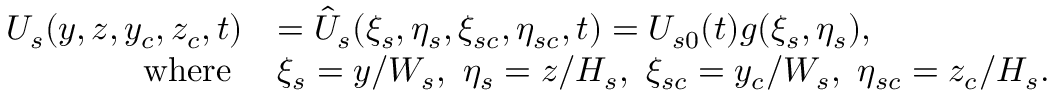
\begin{array} { r l } { U _ { s } ( y , z , y _ { c } , z _ { c } , t ) } & { = \hat { U } _ { s } ( \xi _ { s } , \eta _ { s } , \xi _ { s c } , \eta _ { s c } , t ) = U _ { s 0 } ( t ) g ( \xi _ { s } , \eta _ { s } ) , } \\ { \mathrm { ~ ~ ~ w h e r e ~ } } & { \xi _ { s } = y / W _ { s } , ~ \eta _ { s } = z / H _ { s } , ~ \xi _ { s c } = y _ { c } / W _ { s } , ~ \eta _ { s c } = z _ { c } / H _ { s } . } \end{array}